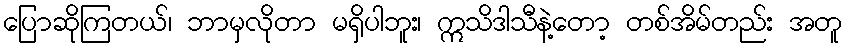
ပြောဆိုကြတယ်၊ ဘာမှလိုတာ မရှိပါဘူး၊ ဣသိဒါသီနဲ့တော့ တစ်အိမ်တည်း အတူ